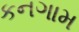
કનગામ